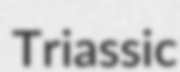
Triassic